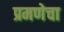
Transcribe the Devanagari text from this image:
प्रमणेचा